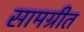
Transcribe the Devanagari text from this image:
सामग्रीत